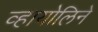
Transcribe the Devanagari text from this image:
व्हायोलिने